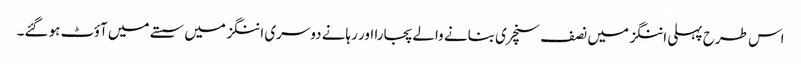
اس طرح پہلی اننگز میں نصف سنچری بنانے والے پجارا اور رہانے دوسری اننگز میں سستے میں آؤٹ ہو گئے۔